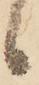
候